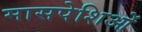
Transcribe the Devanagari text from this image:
मासपेशिओं